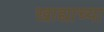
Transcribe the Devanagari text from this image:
खाद्याच्या